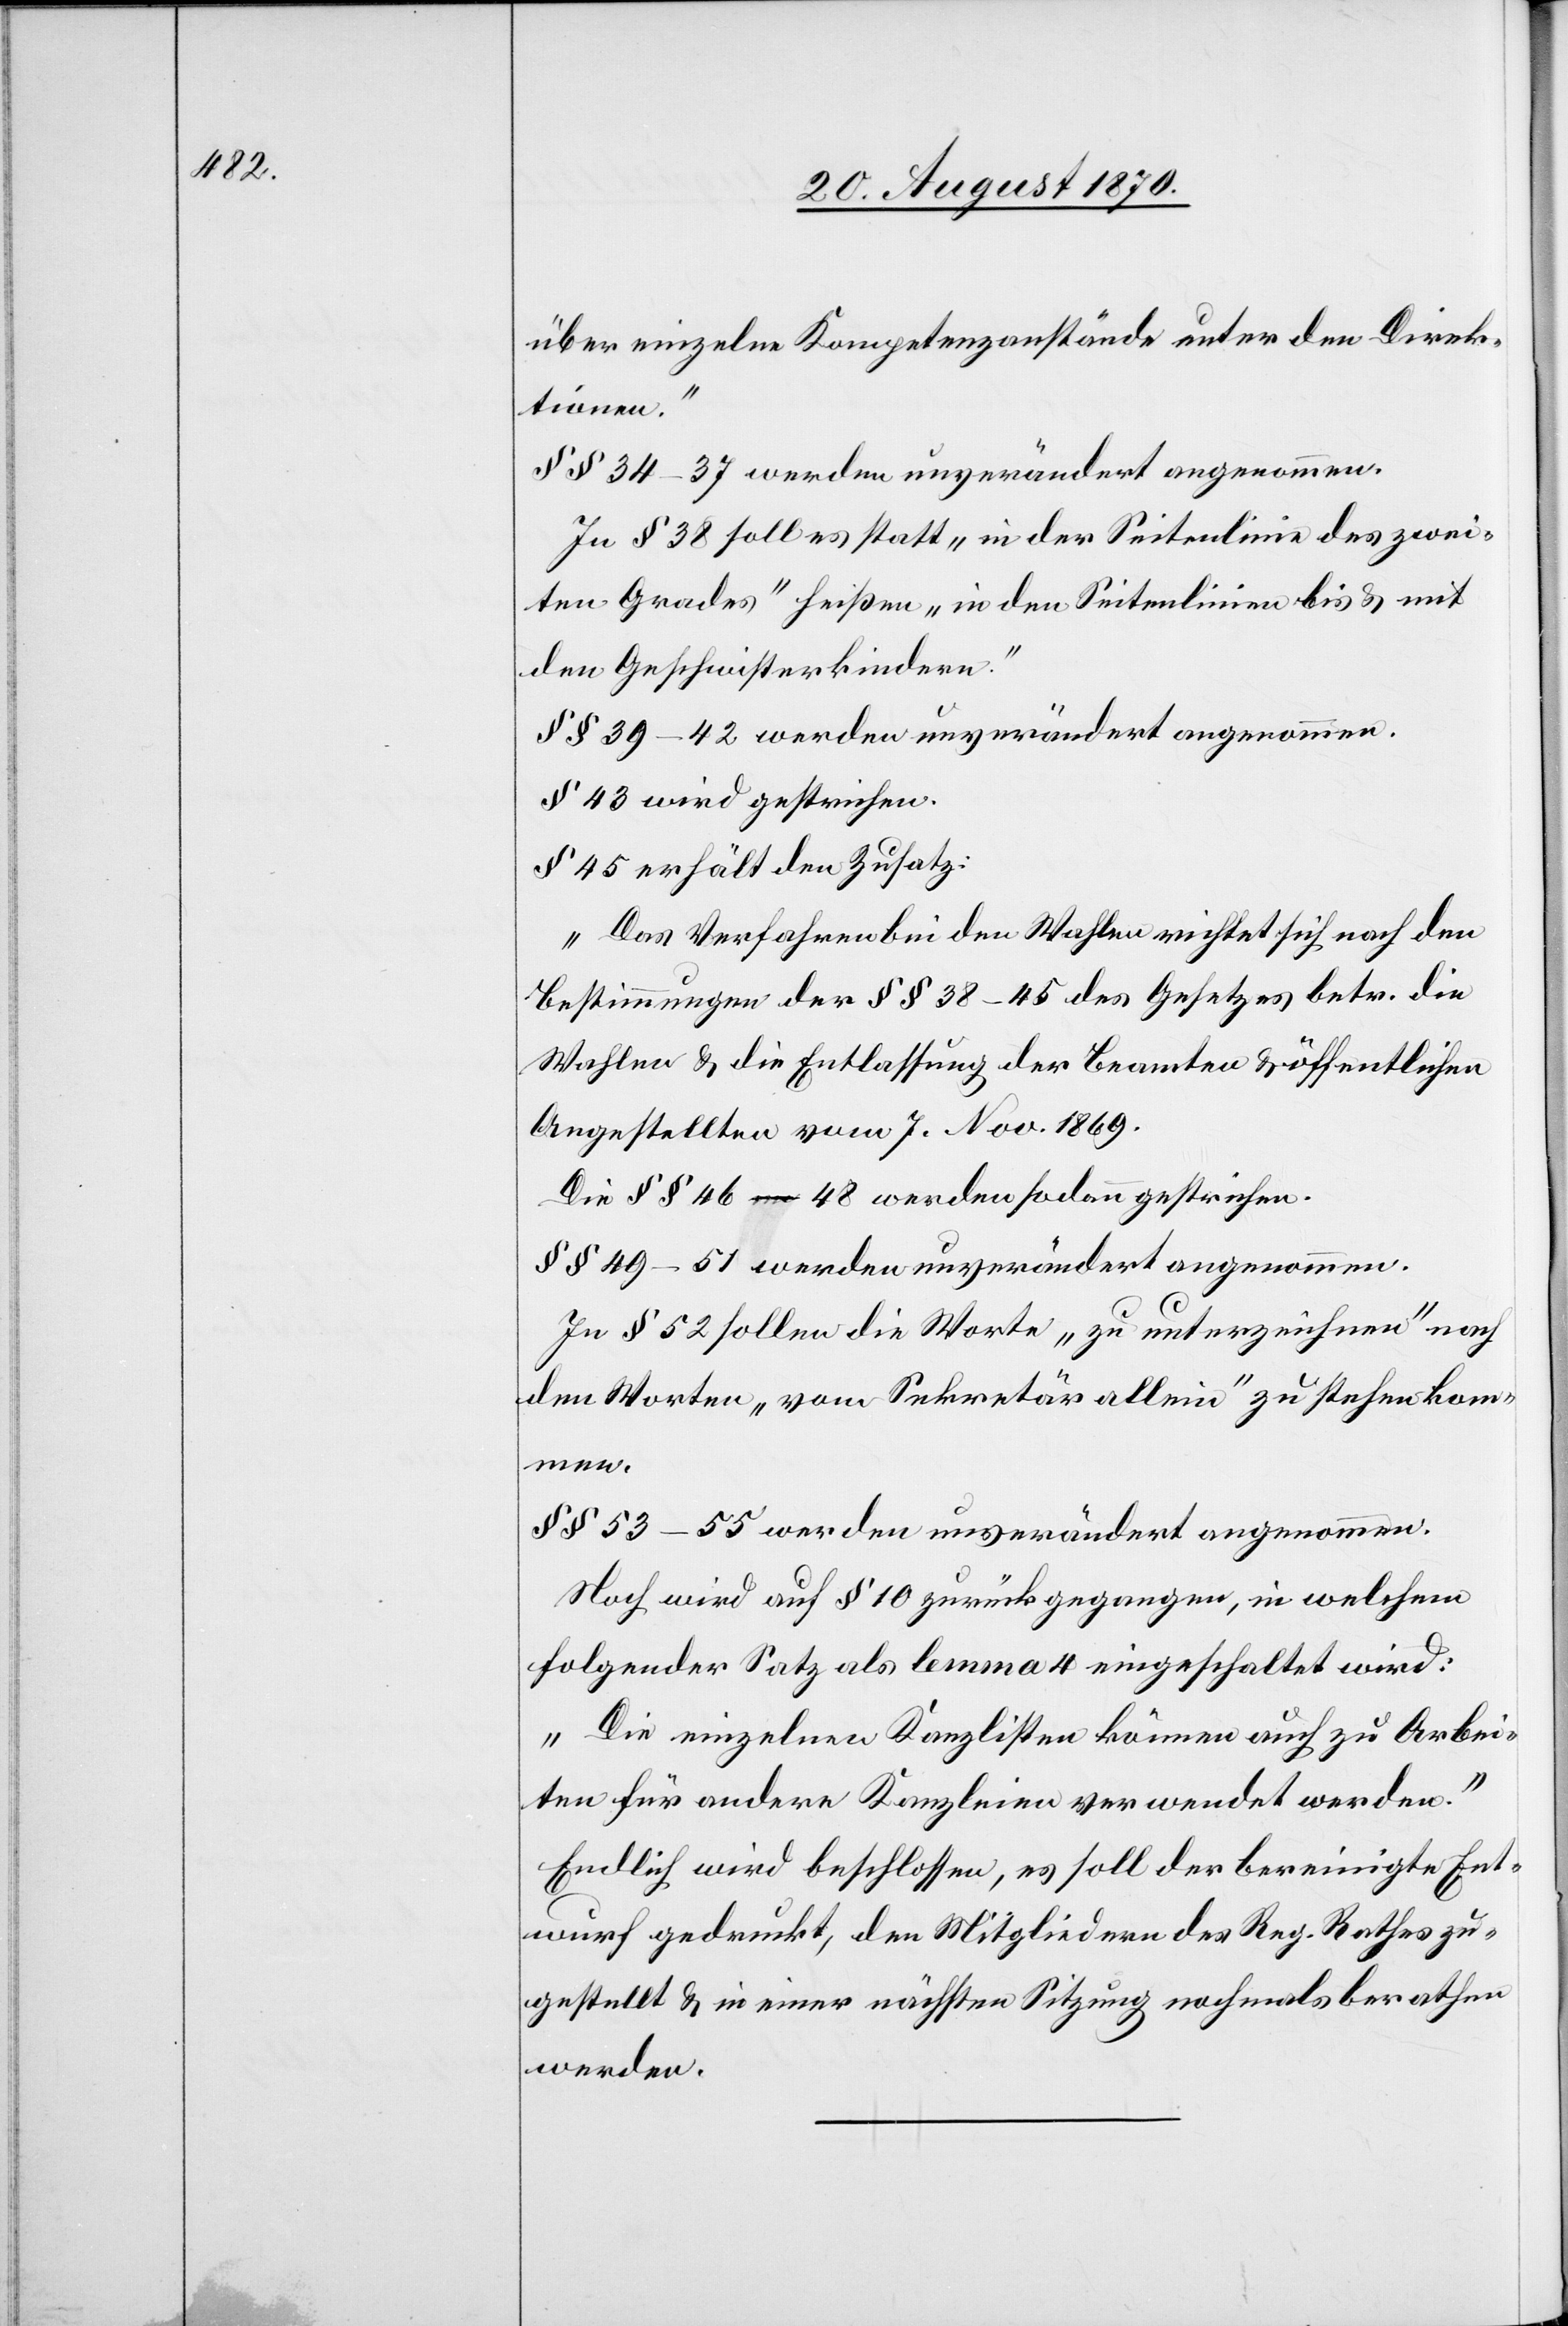
über einzelne Kompetenzanstände unter den Direk¬
tionen.“
§§ 34–37 werden unverändert angenommen.
In § 38 soll es statt „in der Seitenlinie des zwei¬
ten Grades“ heißen „in den Seitenlinien bis & mit
den Geschwisterkindern.“
§§ 39–42 werden unverändert angenommen.
§ 43 wird gestrichen.
§ 45 erhält den Zusatz:
„Das Verfahren bei den Wahlen richtet sich nach den
Bestimmungen der §§ 38–45 des Gesetzes betr. die
Wahlen & die Entlassung der Beamten & öffentlichen
Angestellten vom 7. Nov. 1869.“
Die §§ 46–48 werden sodann gestrichen.
§§ 49–51 werden unverändert angenommen.
In § 52 sollen die Worte „zu unterzeichnen“ nach
den Worten „vom Sekretär allein“ zu stehen kom¬
men.
§§ 53–55 werden unverändert angenommen.
Noch wird auf § 10 zurückgegangen, in welchem
folgender Satz als lemma 4 eingeschaltet wird:
„Die einzelnen Kanzlisten können auch zu Arbei¬
ten für andere Kanzleien verwendet werden.“
Endlich wird beschlossen, es soll der bereinigte Ent¬
wurf gedruckt, den Mitgliedern des Reg. Rahtes zu¬
gestellt & in einer nächsten Sitzung nochmals berathen
werden.